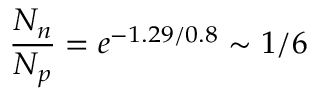
\frac { N _ { n } } { N _ { p } } = e ^ { - 1 . 2 9 / 0 . 8 } \sim 1 / 6